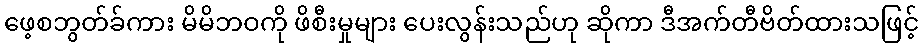
ဖေ့စဘွတ်ခ်ကား မိမိဘဝကို ဖိစီးမှုများ ပေးလွန်းသည်ဟု ဆိုကာ ဒီအက်တီဗိတ်ထားသဖြင့်